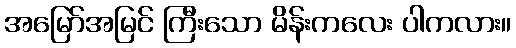
အမြော်အမြင် ကြီးသော မိန်းကလေး ပါကလား။